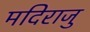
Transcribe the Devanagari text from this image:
मदिराजु